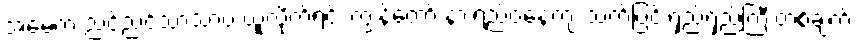
အမေက ညင်ညင်သာသာပဲ ယူလိုက်ရင်း ကျွန်တော် နားရည်ဝနေကျ သက်ပြင်းရှည်ရှည်ကြီးတစ်ချက်